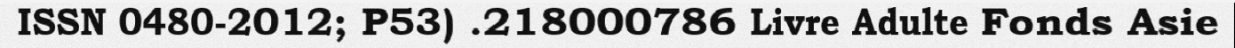
ISSN 0480-2012; P53) .218000786 Livre Adulte Fonds Asie